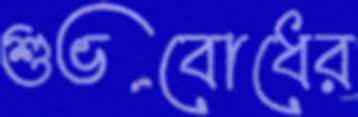
শুভবোধের